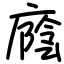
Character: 廕